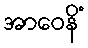
အာဝေနိံ